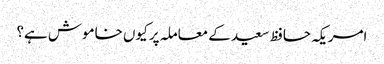
امریکہ حافظ سعید کے معاملہ پر کیوں خاموش ہے؟